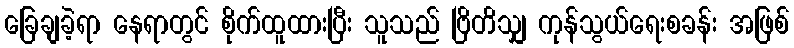
ခြေချခဲ့ရာ နေရာတွင် စိုက်ထူထားပြီး သူသည် ဗြိတိသျှ ကုန်သွယ်ရေးစခန်း အဖြစ်